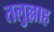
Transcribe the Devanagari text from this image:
तलुल्लाह